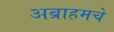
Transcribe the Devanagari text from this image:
अब्राहमचे